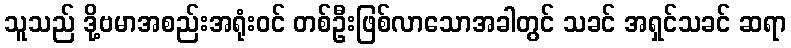
သူသည် ဒို့ဗမာအစည်းအရုံးဝင် တစ်ဦးဖြစ်လာသောအခါတွင် သခင် အရှင်သခင် ဆရာ